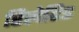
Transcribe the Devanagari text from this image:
रिलेटिड